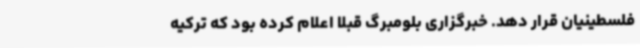
فلسطینیان قرار دهد. خبرگزاری بلومبرگ قبلا اعلام کرده بود که ترکیه